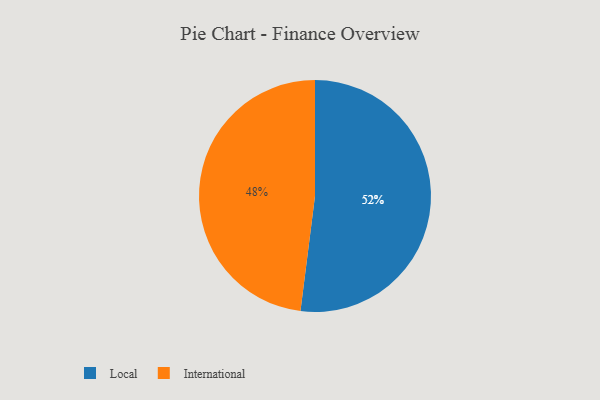
{"axis": {"x": "Category", "y": "Percentage"}, "legend": ["International", "Local"], "data": [{"x": "International", "y": 48, "type": "International"}, {"x": "Local", "y": 52, "type": "Local"}]}